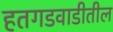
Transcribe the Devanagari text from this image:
हतगडवाडीतील